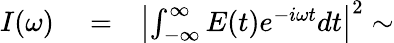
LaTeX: \begin{array}{rlr}{I(\omega)}&{{}=}&{\left|\int_{-\infty}^{\infty}E(t)e^{-i\omega t}dt\right|^{2}\sim}\end{array}